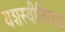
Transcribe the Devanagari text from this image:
यशस्‍वीरित्‍या